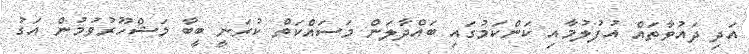
އަދި ދައުވާތައް އުފުލުމާއި ކަންކަމުގައި ބައްދާލަން މަސައްކަތް ކުރަނީ ބީބާ މަޝްހޫރުވުމުން އަގު